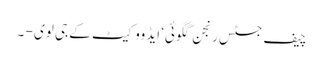
چیف جسٹس رنجن گگوئی‘ ایڈووکیٹ کے جی لوی - ۔